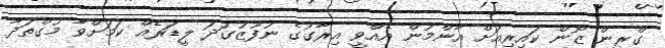
ގްރީން ޒޯން ކައިރިއަށް އާންމުން އެއްވީ އިރާގުގެ ނުފޫޒުގަދަ ލީޑަރެއް ކަމަށްވާ މުގްތަދާ